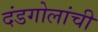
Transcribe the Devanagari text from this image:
दंडगोलांची